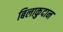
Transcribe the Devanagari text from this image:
बिलाकुदान